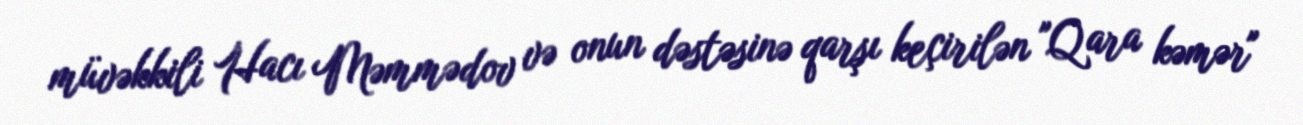
müvəkkili Hacı Məmmədov və onun dəstəsinə qarşı keçirilən "Qara kəmər"